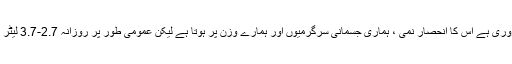
پانی کی کتنی مقدار ہمارے جسم کے لئے ضروری ہے اس کا انحصار نمی ، ہماری جسمانی سرگرمیوں اور ہمارے وزن پر ہوتا ہے لیکن عمومی طور پر روزانہ 2.7-3.7 لیٹر ز یعنی 8-10 گلاس پانی لازمی پینا چاہیئے ۔